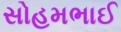
સોહમભાઈ